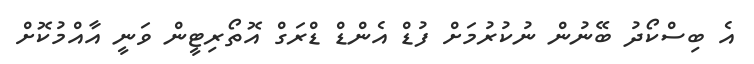
އެ ބިސްކޯދު ބޭނުން ނުކުރުމަށް ފުޑް އެންޑް ޑްރަގް އޮތޯރިޓީން ވަނީ އާއްމުކޮށް